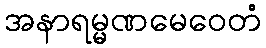
အနာရမ္မဏမေဝေတံ